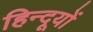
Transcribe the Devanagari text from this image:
हिन्दूयों